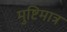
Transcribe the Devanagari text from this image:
मुष्टिमात्र